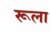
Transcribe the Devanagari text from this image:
रूला